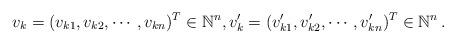
LaTeX: \begin{align*} v_k = (v_{k1}, v_{k2}, \cdots, v_{kn})^T \in \mathbb{N}^n, v'_k = (v'_{k1}, v'_{k2}, \cdots, v'_{kn})^T \in \mathbb{N}^n\,.\end{align*}